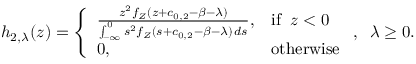
h _ { 2 , \lambda } ( z ) = \left\{ \begin{array} { l l } { \frac { z ^ { 2 } f _ { Z } ( z + c _ { 0 , 2 } - \beta - \lambda ) } { \int _ { - \infty } ^ { 0 } s ^ { 2 } f _ { Z } ( s + c _ { 0 , 2 } - \beta - \lambda ) \, d s } , } & { \mathrm { i f } \; \; z < 0 } \\ { 0 , } & { \mathrm { o t h e r w i s e } } \end{array} \right. , \; \; \lambda \geq 0 .